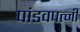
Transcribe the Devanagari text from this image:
पांडवपत्‍नी